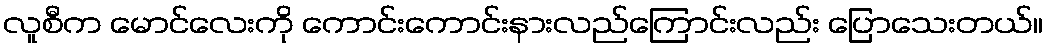
လူစီက မောင်လေးကို ကောင်းကောင်းနားလည်ကြောင်းလည်း ပြောသေးတယ်။